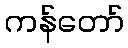
ကန်တော်